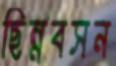
ছিন্নবসন